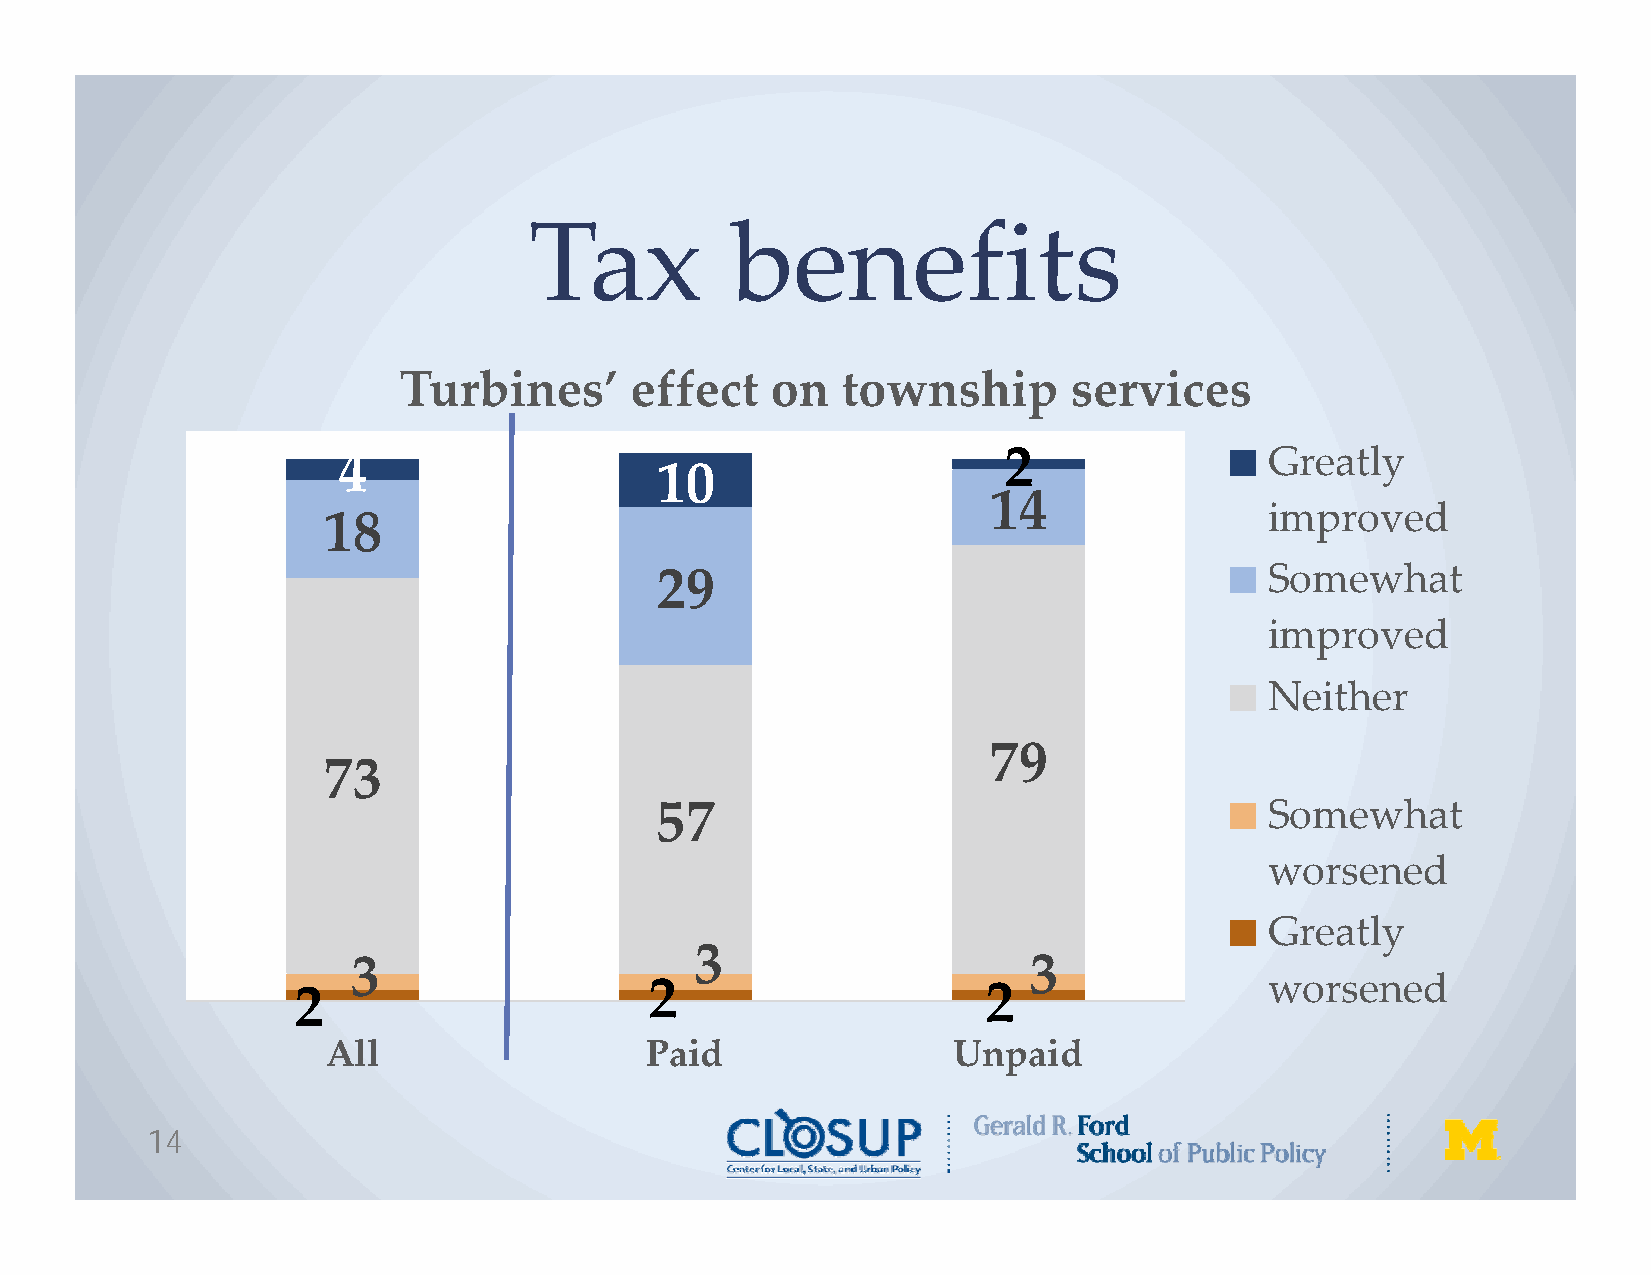
Tax          benefits
 Turbines’       effect   on   township       services
 4                                           2                 Greatly
 10
 14
 improved
 18
 29                                       Somewhat
 improved
 Neither
 79
 73
 57                                       Somewhat
 worsened
 Greatly
 3
 3                                            3
 2                       2                     2                  worsened
 All                  Paid                Unpaid
 14